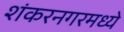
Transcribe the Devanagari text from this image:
शंकरनगरमध्ये